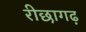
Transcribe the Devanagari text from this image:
रीछागढ़